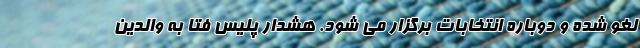
لغو شده و دوباره انتخابات برگزار می شود. هشدار پلیس فتا به والدین